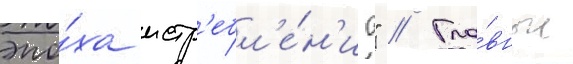
эпо́ха истр'ебл'е́н'иа" // Гла́вные